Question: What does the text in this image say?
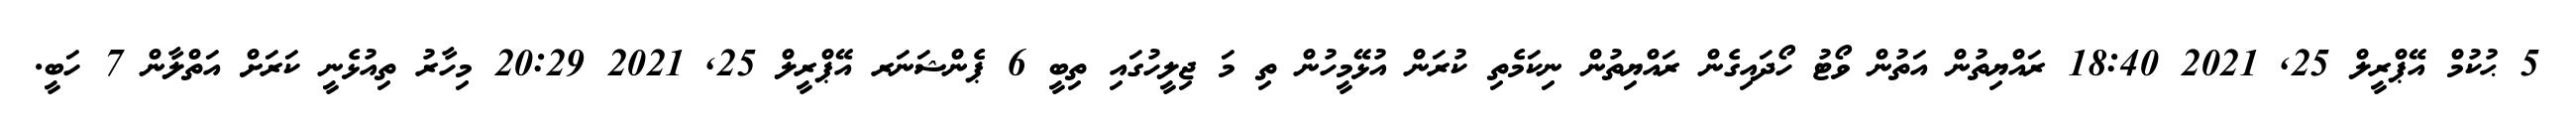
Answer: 5 ޙުކުމް އޭޕްރީލް 25, 2021 18:40 ރައްޔިތުން އަތުން ވޯޓު ހޯދައިގެން ރައްޔިތުން ނިކަމެތި ކުރަން އުޅޭމީހުން ތި މަ ޖިލީހުގައި ތިބީ 6 ޕެންޝަނަރ އޭޕްރީލް 25, 2021 20:29 މިހާރު ތިއުޅެނީ ކަރަށް އަތްލާން 7 ހަބީ.